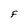
Character: F